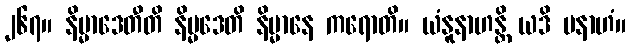
၂၆၇။ နိမ္မာဒေတီတိ နိမ္မဒေတိ နိမ္မာနေ ကရောတိ။ ယံနူနာဟန္တိ ယဒိ ပနာဟံ။